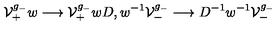
{ \cal V } _ { + } ^ { g _ { - } } w \longrightarrow { \cal V } _ { + } ^ { g _ { - } } w D , w ^ { - 1 } { \cal V } _ { - } ^ { g _ { - } } \longrightarrow D ^ { - 1 } w ^ { - 1 } { \cal V } _ { - } ^ { g _ { - } } \,